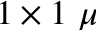
1 \times 1 ~ \mu